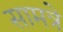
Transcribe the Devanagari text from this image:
सामत्रे